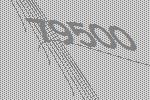
79500